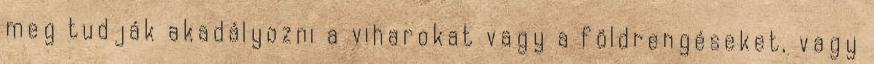
meg tudják akadályozni a viharokat vagy a földrengéseket, vagy